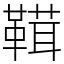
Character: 䩸